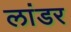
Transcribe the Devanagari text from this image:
लांडर